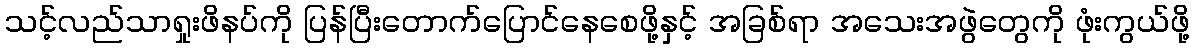
သင့်လည်သာရှုးဖိနပ်ကို ပြန်ပြီးတောက်ပြောင်နေစေဖို့နှင့် အခြစ်ရာ အသေးအဖွဲတွေကို ဖုံးကွယ်ဖို့